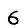
Digit: 6